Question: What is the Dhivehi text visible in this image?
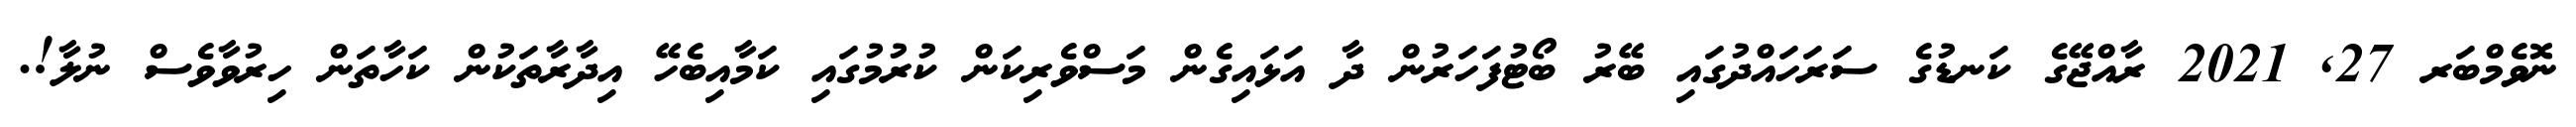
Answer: ނޮވެމްބަރ 27, 2021 ރާއްޖޭގެ ކަނޑުގެ ސަރަހައްދުގައި ބޭރު ބޯޓުފަހަރުން ދާ އަޅައިގެން މަސްވެރިކަން ކުރުމުގައި ކަމާއިބެހޭ އިދާރާތަކުން ކަހާތަން ހިރުވާވެސް ނުލާ!.